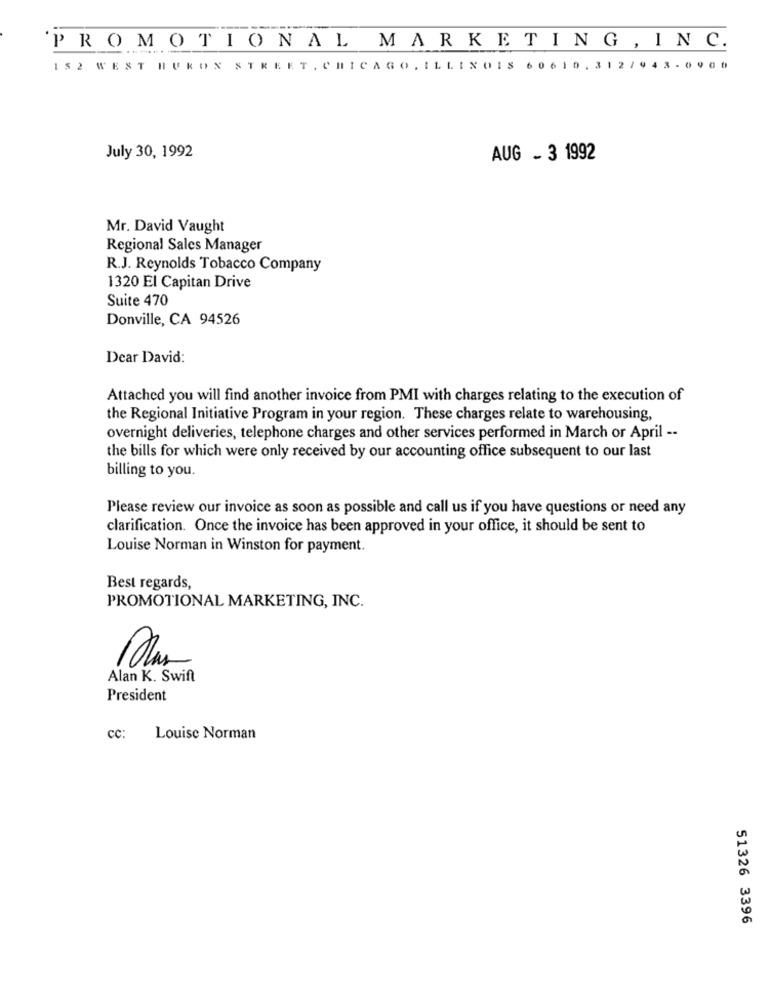
PROMOTIONAL MARKETING , INC.
152 WEST HURON STREET, CHICAGO,ILLINOIS 60610.312/943.0900
July 30, 1992
AUG - 3 1992
Mr. David Vaught
Regional Sales Manager
R.J. Reynolds Tobacco Company
1320 El Capitan Drive
Suite 470
Donville, CA 94526
Dear David:
Attached you will find another invoice from PMI with charges relating to the execution of
the Regional Initiative Program in your region. These charges relate to warehousing,
overnight deliveries, telephone charges and other services performed in March or April --
the bills for which were only received by our accounting office subsequent to our last
billing to you.
Please review our invoice as soon as possible and call us if you have questions or need any
clarification. Once the invoice has been approved in your office, it should be sent to
Louise Norman in Winston for payment.
Best regards,
PROMOTIONAL MARKETING, INC.
Alan K. Swift
President
CC:
Louise Norman
51326 3396